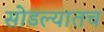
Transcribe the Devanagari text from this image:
सोडल्यातच